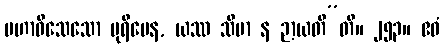
မဟာဝိသေသော ပုရိမေန, ယဿ သီမာ န ဉာယတီ”တိ။ ၂၅၃။ ဧဝံ